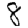
Digit: 8